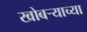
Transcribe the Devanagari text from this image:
खोबऱ्याच्या